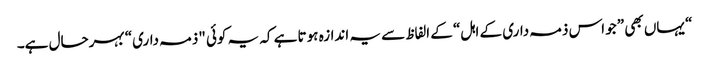
“ یہاں بھی ”جو اس ذمہ داری کے اہل“ کے الفاظ سے یہ اندازہ ہوتا ہے کہ یہ کوئی "ذمہ داری“ بہرحال ہے۔